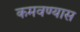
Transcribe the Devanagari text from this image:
कमवण्यास